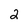
Character: 2